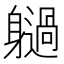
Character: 𨊐